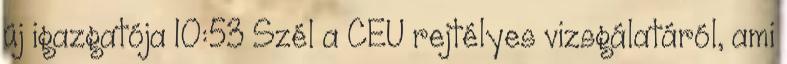
új igazgatója 10:53 Szél a CEU rejtélyes vizsgálatáról, ami